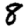
Digit: 8